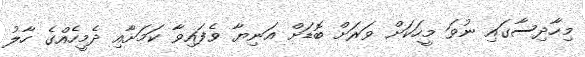
މިހާދިސާގައި ނުވަ މީހަކަށް ވަރަށް ބޮޑަށް އަނިޔާ ވެފައިވާ ކަމަށާއި ދެމީހެއްގެ ހާލު